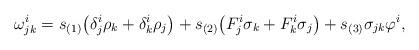
LaTeX: \begin{align*} \omega^i_{jk}=s_{(1)}\big(\delta^i_j\rho_k+\delta^i_k\rho_j\big)+ s_{(2)}\big(F^i_j\sigma_k+F^i_k\sigma_j\big)+s_{(3)}\sigma_{jk}\varphi^i, \end{align*}